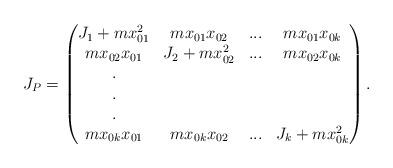
LaTeX: \begin{align*}J_P=\left(\begin{matrix}J_1+mx_{01}^2&mx_{01}x_{02}&...&mx_{01}x_{0k}\\ mx_{02}x_{01}&J_2+mx_{02}^2&...&mx_{02}x_{0k}\\ .& & &\\ .& & &\\ .& & &\\ mx_{0k}x_{01}&mx_{0k}x_{02}&...&J_k+mx_{0k}^2\end{matrix}\right).\end{align*}